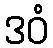
ဒဝံ